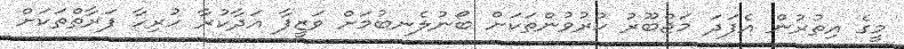
މީގެ އިތުރުން އެފަދަ މަޖްބޫރު ކުރުވުންތަކަށް ބޯނުލެނބުމަށް ވަޒީފާ އަދާކުރާ ހުރިހާ ފަރާތްތަކަށް